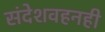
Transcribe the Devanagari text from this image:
संदेशवहनही